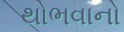
થોભવાનો